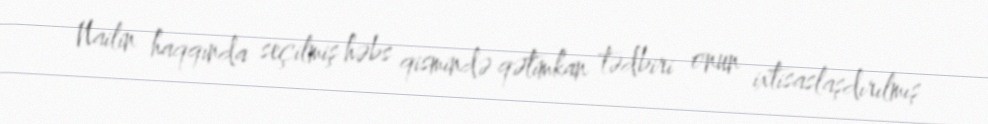
Nailin haqqında seçilmiş həbs qismində qətimkan tədbiri onun ixtisaslaşdırılmış